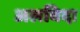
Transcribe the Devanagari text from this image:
अलविदा